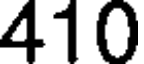
410